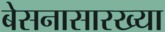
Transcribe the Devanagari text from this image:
बेसनासारख्या